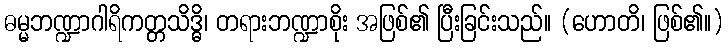
ဓမ္မဘဏ္ဍာဂါရိကတ္တသိဒ္ဓိ၊ တရားဘဏ္ဍာစိုး အဖြစ်၏ ပြီးခြင်းသည်။ (ဟောတိ၊ ဖြစ်၏။)